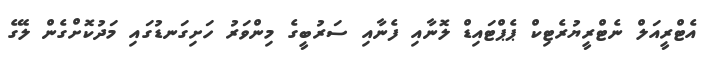
އެޓްރީއަލް ނެޓްރީޔުރެޓިކް ޕެޕްޓައިޑް ލޮނާއި ފެނާއި ސަރުބީގެ މިންވަރު ހަށިގަނޑުގައި މަދުކޮށްގެން ލޭގެ